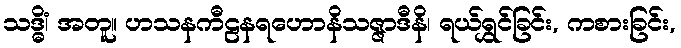
သဒ္ဓိံ၊ အတူ။ ဟသနကီဠနရဟောနိသဇ္ဇာဒီနိ၊ ရယ်ရွှင်ခြင်း, ကစားခြင်း,